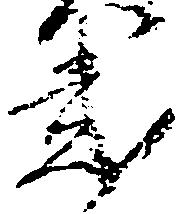
弐